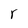
Character: r